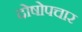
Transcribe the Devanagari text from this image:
दोषोपचार